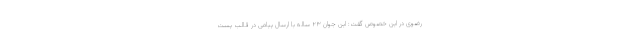
رضوی در این خصوص گفت: این جوان ۲۳ ساله با ارسال پیامی در قالب پست